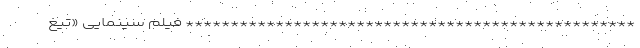
************************************************** فیلم سینمایی «تیغ